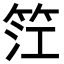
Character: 𥬮